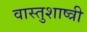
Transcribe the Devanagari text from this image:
वास्तुशाष्त्री